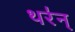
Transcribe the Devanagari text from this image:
थर॑न्